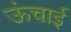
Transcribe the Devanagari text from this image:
ऊंचार्इ